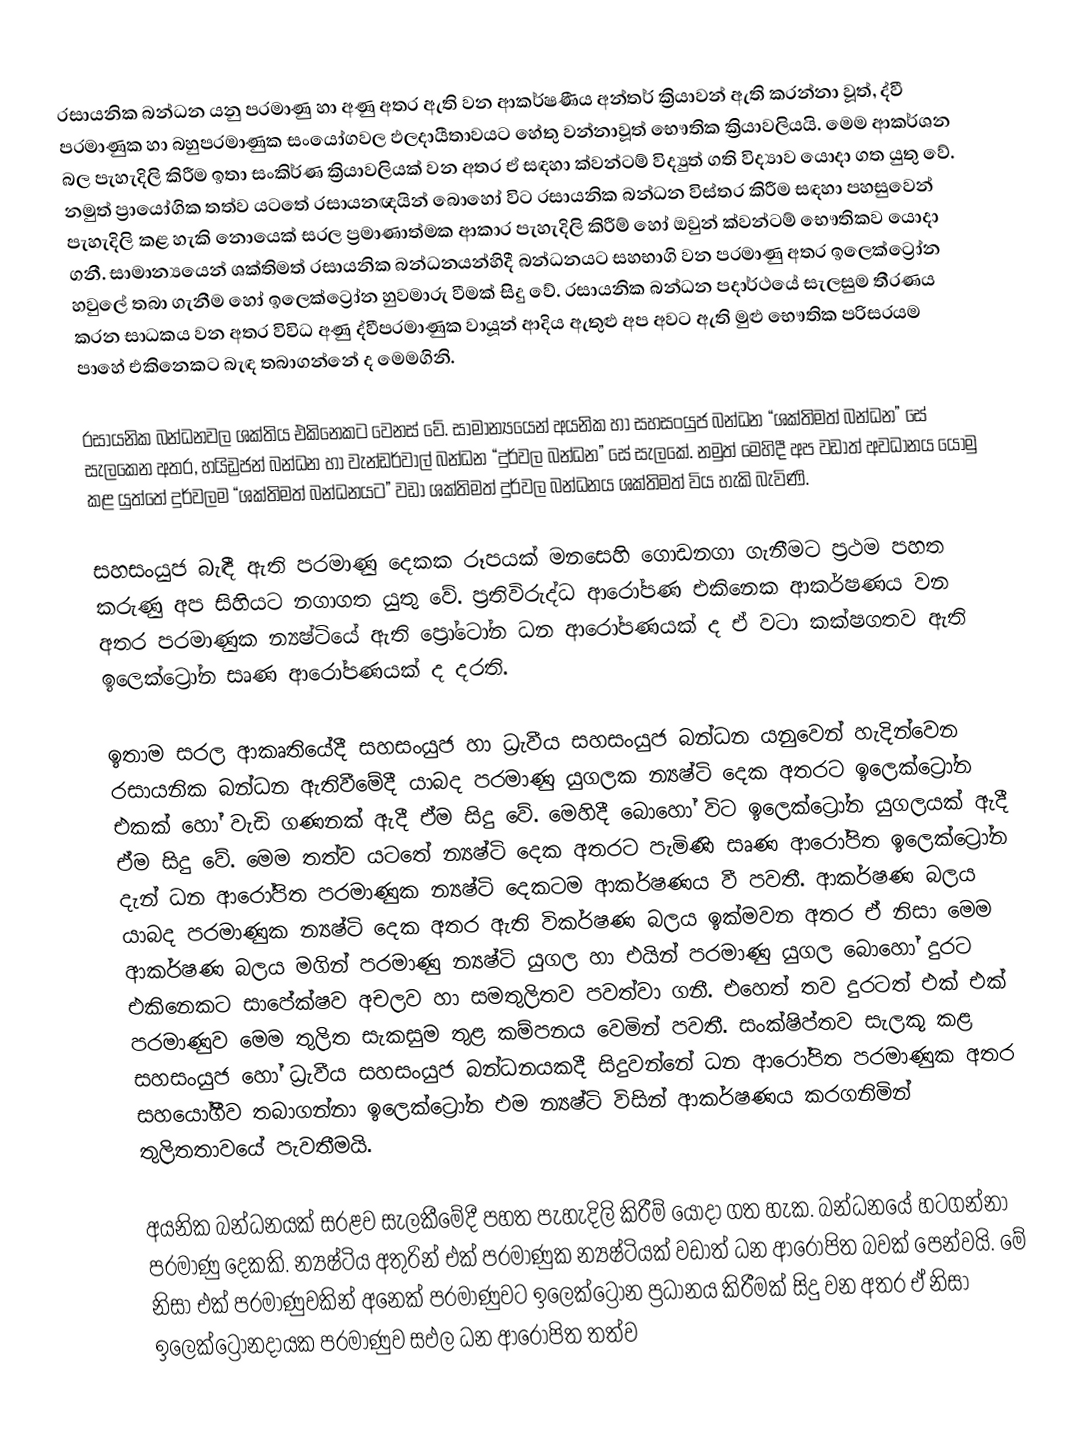
රසායනික බන්ධන යනු පරමාණු හා අණු අතර ඇති වන ආකර්ෂණීය අන්තර් ක්‍රියාවන් ඇති කරන්නා වූත්, ද්වී පරමාණුක හා බහුපරමාණුක සංයෝගවල ඵලදායීතාවයට හේතු වන්නාවූත් භෞතික ක්‍රියාවලියයි. මෙම ආකර්ශන බල පැහැදිලි කිරීම ඉතා සංකිර්ණ ක්‍රියාවලියක් වන අතර ඒ සඳහා ක්වන්ටම් විද්‍යුත් ගති විද්‍යාව යොදා ගත යුතු වේ. නමුත් ප්‍රායෝගික තත්ව යටතේ රසායනඥයින් බොහෝ විට රසායනික බන්ධන විස්තර කිරීම සඳහා පහසුවෙන් පැහැදිලි කළ හැකි නොයෙක් සරල ප්‍රමාණාත්මක ආකාර පැහැදිලි කිරීම් හෝ ඔවුන් ක්වන්ටම් භෞතිකව යොදා ගනී. සාමාන්‍යයෙන් ශක්තිමත් රසායනික බන්ධනයන්හිදී බන්ධනයට සහභාගි වන පරමාණු අතර ඉලෙක්ට්‍රෝන හවුලේ තබා ගැනීම හෝ ඉලෙක්ට්‍රෝන හුවමාරු වීමක් සිදු වේ. රසායනික බන්ධන පදාර්ථයේ සැලසුම තීරණය කරන සාධකය වන අතර විවිධ අණු ද්වීපරමාණුක වායූන් ආදිය ඇතුළු අප අවට ඇති මුළු භෞතික පරිසරයම පාහේ එකිනෙකට බැඳ තබාගන්නේ ද මෙමගිනි.

රසායනික බන්ධනවල ශක්තිය එකිනෙකට වෙනස් වේ. සාමාන්‍යයෙන් අයනික හා සහසංයුජ බන්ධන “ශක්තිමත් බන්ධන” සේ සැලකෙන අතර, හයිඩ්‍රජන් බන්ධන හා වැන්ඩර්වාල් බන්ධන “දුර්වල බන්ධන” සේ සැලකේ. නමුත් මෙහිදී අප වඩාත් අවධානය යොමු කළ යුත්තේ දුර්වලම “ශක්‍තිමත් බන්ධනයට” වඩා ශක්තිමත් දුර්වල බන්ධනය ශක්තිමත් විය හැකි බැවිණි.

සහසංයුජ බැඳී ඇති පරමාණු දෙකක රූපයක් මනසෙහි ගොඩනගා ගැනීමට ප්‍රථම පහත කරුණු අප සිහියට නගාගත යුතු වේ. ප්‍රතිවිරුද්ධ ආරෝපණ එකිනෙක ආකර්ෂණය වන අතර පරමාණුක න්‍යෂ්ටියේ ඇති ප්‍රෝටෝන ධන ආරෝපණයක් ද ඒ වටා කක්ෂගතව ඇති ඉලෙක්ට්‍රෝන සෘණ ආරෝපණයක් ද දරති.

ඉතාම සරල ආකෘතියේදී සහසංයුජ හා ධ්‍රැවීය සහසංයුජ බන්ධන යනුවෙන් හැදින්වෙන රසායනික බන්ධන ඇතිවීමේදී යාබද පරමාණු යුගලක න්‍යෂ්ටි දෙක අතරට ඉලෙක්ට්‍රෝන එකක් හෝ වැඩි ගණනක් ඇදී ඒම සිදු වේ. මෙහිදී බොහෝ විට ඉලෙක්ට්‍රෝන යුගලයක් ඇදී ඒම සිදු වේ. මෙම තත්ව යටතේ න්‍යෂ්ටි දෙක අතරට පැමිණි සෘණ ආරෝපිත ඉලෙක්ට්‍රෝන දැන් ධන ආරෝපිත පරමාණුක න්‍යෂ්ටි දෙකටම ආකර්ෂණය වී පවතී. ආකර්ෂණ බලය යාබද පරමාණුක න්‍යෂ්ටි දෙක අතර ඇති විකර්ෂණ බලය ඉක්මවන අතර ඒ නිසා‍ මෙම ආකර්ෂණ බලය මගින් පරමාණු න්‍යෂ්ටි යුගල හා එයින් පරමාණු යුගල බොහෝ දුරට එකිනෙකට සාපේක්ෂව අචලව හා සමතුලිතව පවත්වා ගනී. එහෙත් තව දුරටත් එක් එක් පරමාණුව මෙම තුලිත සැකසුම තුළ කම්පනය වෙමින් පවතී. සංක්ෂිප්තව සැලකූ කළ සහසංයුජ හෝ ධ්‍රැවීය සහසංයුජ බන්ධනයකදී සිදුවන්නේ ධන ආ‍රෝපිත පරමාණුක අතර සහයෝගීව තබාගන්නා ඉලෙක්ට්‍රෝන එම න්‍යෂ්ටි විසින් ආකර්ෂණය කරගනිමින් තුලිතතාවයේ පැවතීමයි.

අයනික බන්ධනයක් සරළව සැලකීමේදී පහත පැහැදිලි කිරීම් යොදා ගත හැක. බන්ධනයේ හටගන්නා පරමාණු දෙකකි. න්‍යෂ්ටිය අතුරින් එක් පරමාණුක න්‍යෂ්ටියක් වඩාත් ධන ආරෝපිත බවක් පෙන්වයි. මේ නිසා එක් පරමාණුවකින් අනෙක් පරමාණුවට ඉලෙක්ට්‍රෝන ප්‍රධානය කිරීමක් සිදු වන අතර ඒ නිසා ඉලෙක්ට්‍රෝනදායක පරමාණුව සඵල ධන ආරෝපිත තත්ව